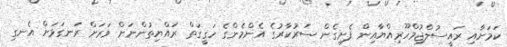
ކަމަށާއި ރައީސުލްޖުމްހޫރިއްޔާއިން ފެށިގެން ސަރުކާރުގެ އެންމެންގެ ހަގީގަތް ރައްޔިތުންނަށް ވަރަށް ރަނގަޅަށް އެނގި